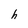
Character: h